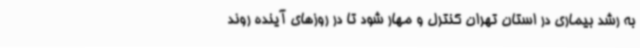
به رشد بیماری در استان تهران کنترل و مهار شود تا در روزهای آینده روند